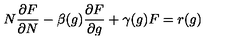
N { \frac { \partial F } { \partial N } } - \beta ( g ) { \frac { \partial F } { \partial g } } + \gamma ( g ) F = r ( g )